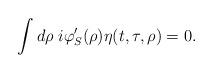
LaTeX: \begin{align*}\int d\rho\;i\varphi'_S(\rho)\eta(t,\tau,\rho)=0.\end{align*}